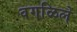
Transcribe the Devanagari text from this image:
वगळिले